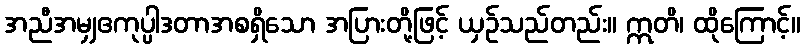
အညီအမျှဧကုပ္ပါဒတာအစရှိသော အပြားတို့ဖြင့် ယှဉ်သည်တည်း။ ဣတိ၊ ထိုကြောင့်။